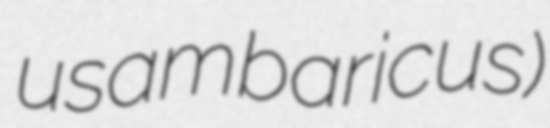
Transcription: usambaricus)